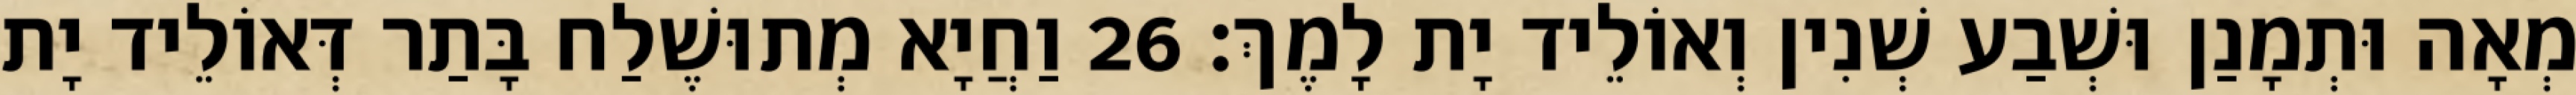
מְאָה וּתְמָנַן וּשְׁבַע שְׁנִין וְאוֹלֵיד יָת לָמֶךְ׃ 26 וַחֲיָא מְתוּשֶׁלַח בָּתַר דְּאוֹלֵיד יָת